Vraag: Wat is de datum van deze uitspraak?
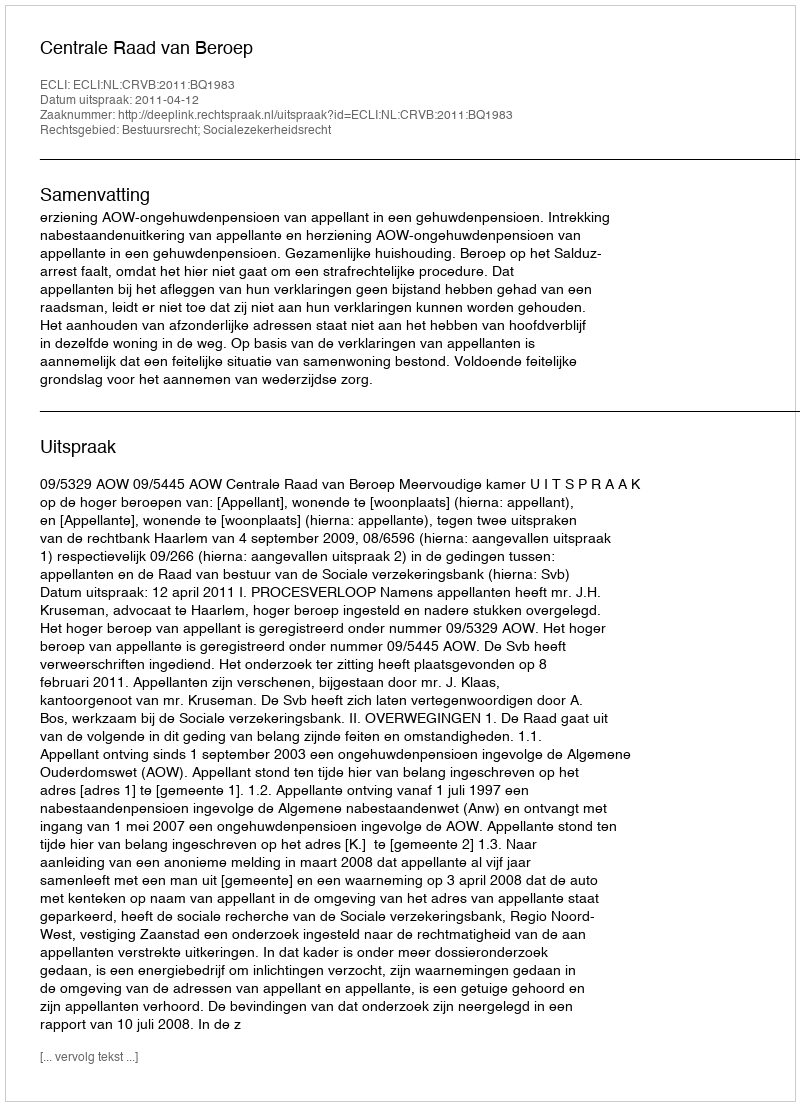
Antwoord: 2011-04-12